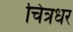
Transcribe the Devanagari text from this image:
चित्रधर